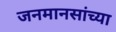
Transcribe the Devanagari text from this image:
जनमानसांच्या